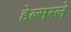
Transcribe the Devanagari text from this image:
हेल्मस्ले